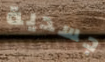
جسدية